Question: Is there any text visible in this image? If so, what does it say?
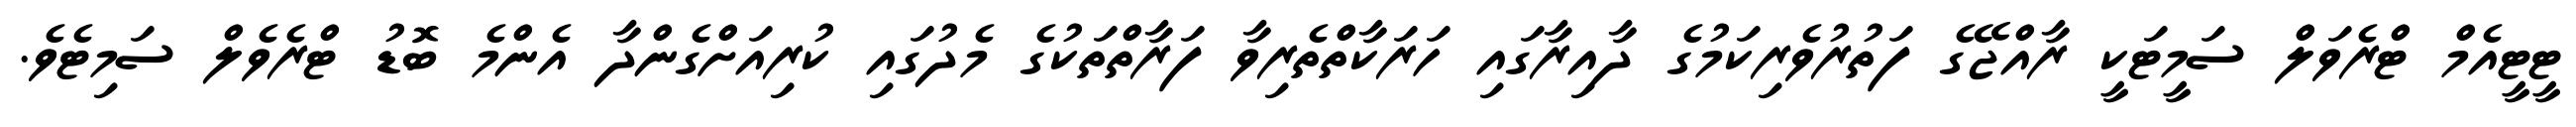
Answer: ޓީޓީއެމް ޓްރެވަލް ސަމީޓަކީ ރާއްޖޭގެ ފަތުރުވެރިކަމުގެ ދާއިރާގައި ހަރަކާތްތެރިވާ ފަރާތްތަކުގެ މެދުގައި ކުރިއަށްގެންދާ އެންމެ ބޮޑު ޓްރެވެލް ސަމިޓެވެ.